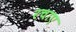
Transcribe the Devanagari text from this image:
रचाए